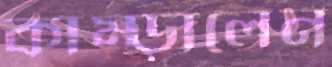
কাম্‌ড়ালেন